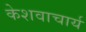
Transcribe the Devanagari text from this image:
केशवाचार्य